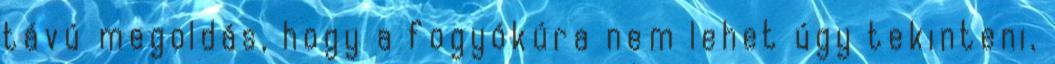
távú megoldás, hogy a fogyókúra nem lehet úgy tekinteni,